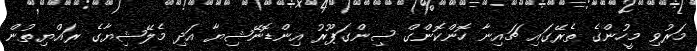
މަރުވި މީހުންގެ ތެރޭގައި ޗައިނާ ހޮންކޮންގް ސިންގަޕޫރު އިންޑޮނޭޝިޔާ އަދި މެލޭޝިޔާގެ ރައްޔިތުން